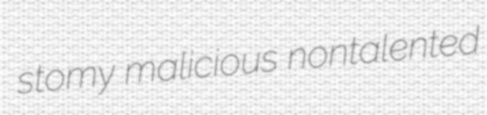
stomy malicious nontalented